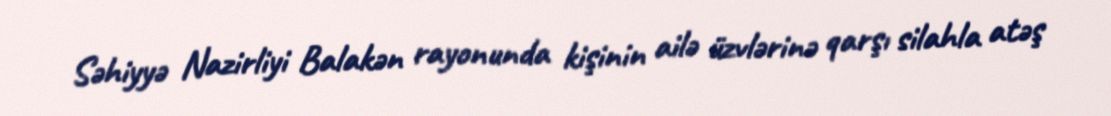
Səhiyyə Nazirliyi Balakən rayonunda kişinin ailə üzvlərinə qarşı silahla atəş